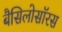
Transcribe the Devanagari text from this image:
बैसिलोसॉरस